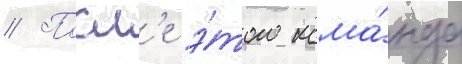
// Посл'е э́того кома́нда